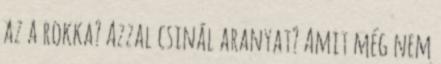
az a rokka? Azzal csinál aranyat? Amit még nem